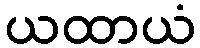
ယထာယံ